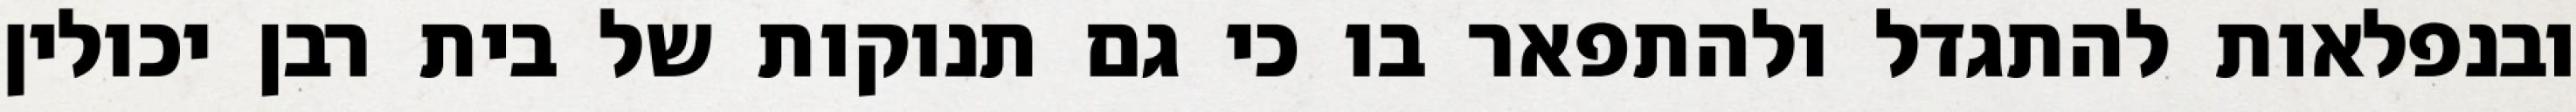
ובנפלאות להתגדל ולהתפאר בו כי גם תנוקות של בית רבן יכולין